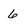
Character: 6